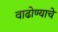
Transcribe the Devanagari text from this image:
वाढोण्याचे